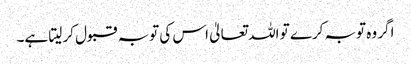
اگر وہ توبہ کرے تو اللہ تعالیٰ اس کی توبہ قبول کر لیتا ہے۔